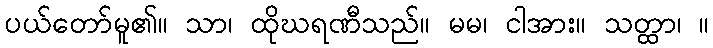
ပယ်တော်မူ၏။ သာ၊ ထိုဃရဏီသည်။ မမ၊ ငါအား။ သတ္ထာ၊ ။